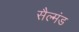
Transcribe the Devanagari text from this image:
सैल्मंड